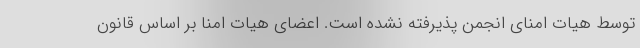
توسط هیات امنای انجمن پذیرفته نشده است. اعضای هیات امنا بر اساس قانون